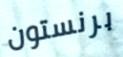
برنستون